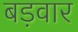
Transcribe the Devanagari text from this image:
बड़वार